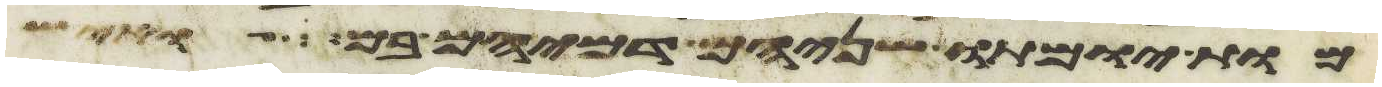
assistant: מות יומתו שניהם דמיהם בם ואיש